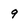
Character: 9